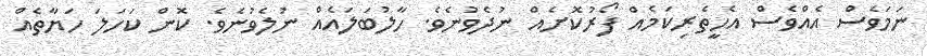
ނަމަވެސް އެއްވެސް އެހީތެރިކަމެއް ފޯރުކޮށެއް ނުދެވުނެވެ. ހާލުބަލައެއް ނުލެވުނެވެ. ކޮން ކަހަލަ ހަޔާތެއް